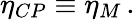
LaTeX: \eta_{CP}\equiv\eta_{M}\, .